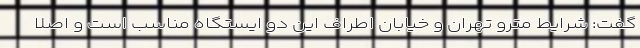
گفت: شرایط مترو تهران و خیابان اطراف این دو ایستگاه مناسب است و اصلاً